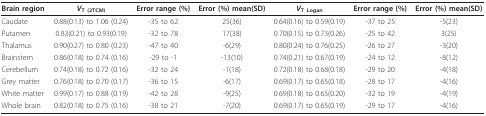
| Brain region | VT (2TCM) | Error range (%) | Error (%) mean(SD) | VT Logan | Error range (%) | Error (%) mean(SD) |
 | --- | --- | --- | --- | --- | --- | --- |
 | Caudate | 0.88(0.13) to 1.06 (0.24) | -35 to 62 | 25(36) | 0.64(0.16) to 0.59(0.19) | -37 to 25 | -5(23) |
 | Putamen | 0.83(0.21) to 0.93(0.19) | -32 to 78 | 17(38) | 0.70(0.15) to 0.73(0.26) | -25 to 42 | 3(25) |
 | Thalamus | 0.90(0.27) to 0.80 (0.23) | -47 to 40 | -6(29) | 0.80(0.24) to 0.76(0.25) | -26 to 27 | -3(20) |
 | Brainstem | 0.86(0.18) to 0.74 (0.16) | -29 to -1 | -13(10) | 0.74(0.21) to 0.67(0.19) | -24 to 12 | -8(12) |
 | Cerebellum | 0.74(0.18) to 0.72 (0.16) | -32 to 24 | -1(18) | 0.72(0.18) to 0.68(0.18) | -29 to 20 | -4(18) |
 | Grey matter | 0.76(0.18) to 0.70 (0.17) | -36 to 15 | -6(17) | 0.69(0.17) to 0.65(0.18) | -28 to 17 | -4(16) |
 | White matter | 0.99(0.17) to 0.88 (0.19) | -42 to 28 | -9(25) | 0.69(0.18) to 0.65(0.20) | -32 to 19 | -4(19) |
 | Whole brain | 0.82(0.18) to 0.75 (0.16) | -38 to 21 | -7(20) | 0.69(0.17) to 0.65(0.19) | -29 to 17 | -4(16) |